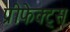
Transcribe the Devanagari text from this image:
प्रीफेक्ट्स